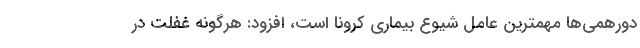
دورهمی‌ها مهمترین عامل شیوع بیماری کرونا است، افزود: هرگونه غفلت در